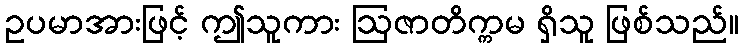
ဥပမာအားဖြင့် ဤသူကား ဩဇာတိက္ကမ ရှိသူ ဖြစ်သည်။